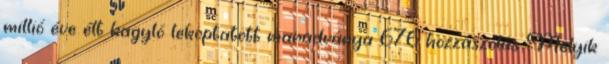
millió éve élt kagyló lekoptatott maradványa 676 hozzászólás Melyik